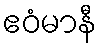
ဧဝံမာနီ